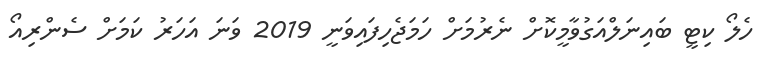
ހެލޯ ކިޓީ ބައިނަލްއަގުވާމީކޮށް ނެރުމަށް ހަމަޖެހިފައިވަނީ 2019 ވަނަ އަހަރު ކަމަށް ސެންރިއޯ